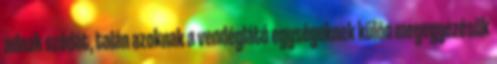
adnak szódát, talán azoknak a vendéglátó egységeknek külön megegyezésük